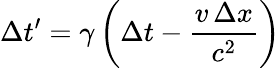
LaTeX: \Delta t^{\prime}=\gamma\left(\Delta t-{\frac{v\, \Delta x}{c^{2}}}\right)